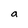
Character: a